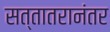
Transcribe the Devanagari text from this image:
सत्तातरानंतर